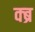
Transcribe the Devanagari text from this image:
क्ब्र